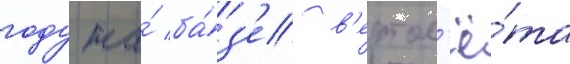
году на́ ба́з'е в'ертол'ё́та